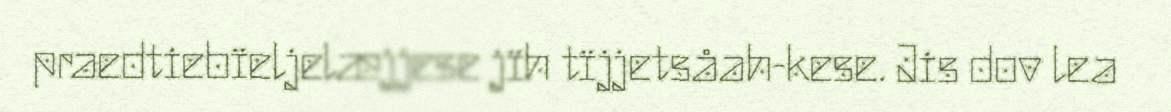
praedtiebïeljelæjjese jïh tïjjetsåah-kese. Jis dov lea